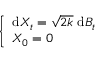
\left\{ { \begin{array} { l l } { { \mathrm { d } } X _ { t } = { \sqrt { 2 k } } \; { \mathrm { d } } B _ { t } } \\ { X _ { 0 } = 0 } \end{array} } \right.